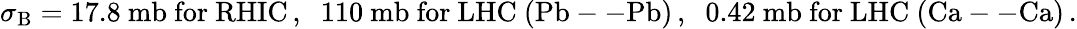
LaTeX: \sigma_{\mathrm{B}}=17.8{\mathrm{~mb~for~RHIC}}\, ,\; \; 110{\mathrm{~mb~for~LHC~(Pb--Pb)}}\, ,\; \; 0.42{\mathrm{~mb~for~LHC~(Ca--Ca)}}\, .